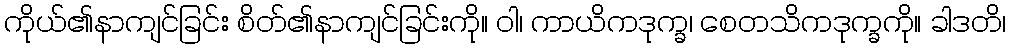
ကိုယ်၏နာကျင်ခြင်း စိတ်၏နာကျင်ခြင်းကို။ ဝါ၊ ကာယိကဒုက္ခ၊ စေတသိကဒုက္ခကို။ ခါဒတိ၊